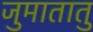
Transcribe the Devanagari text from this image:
जुमातातु